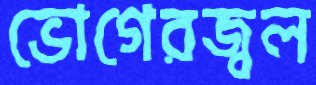
ভোগেরজ্বল